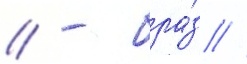
// - бра́з //